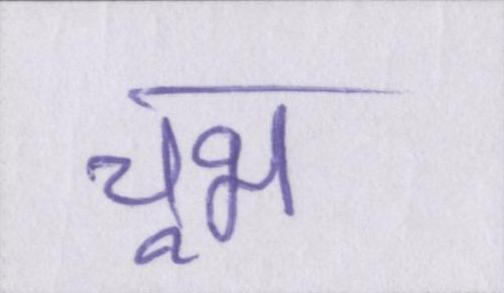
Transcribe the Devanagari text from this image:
चूभ